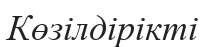
Көзілдірікті